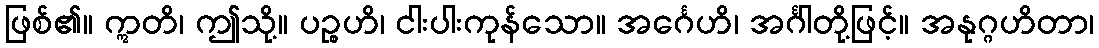
ဖြစ်၏။ ဣတိ၊ ဤသို့။ ပဉ္စဟိ၊ ငါးပါးကုန်သော။ အင်္ဂေဟိ၊ အင်္ဂါတို့ဖြင့်။ အနုဂ္ဂဟိတာ၊